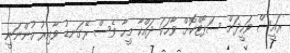
ރައީސް ވަހީދަށް ސަޕޯޓްކޮށް ވާހަކަ ދައްކާ މީހާ ވެސް ރޭގަނޑު ވާއިރު ހުންނަނީ